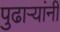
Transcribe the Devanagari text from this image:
पुढार्‍यांनी